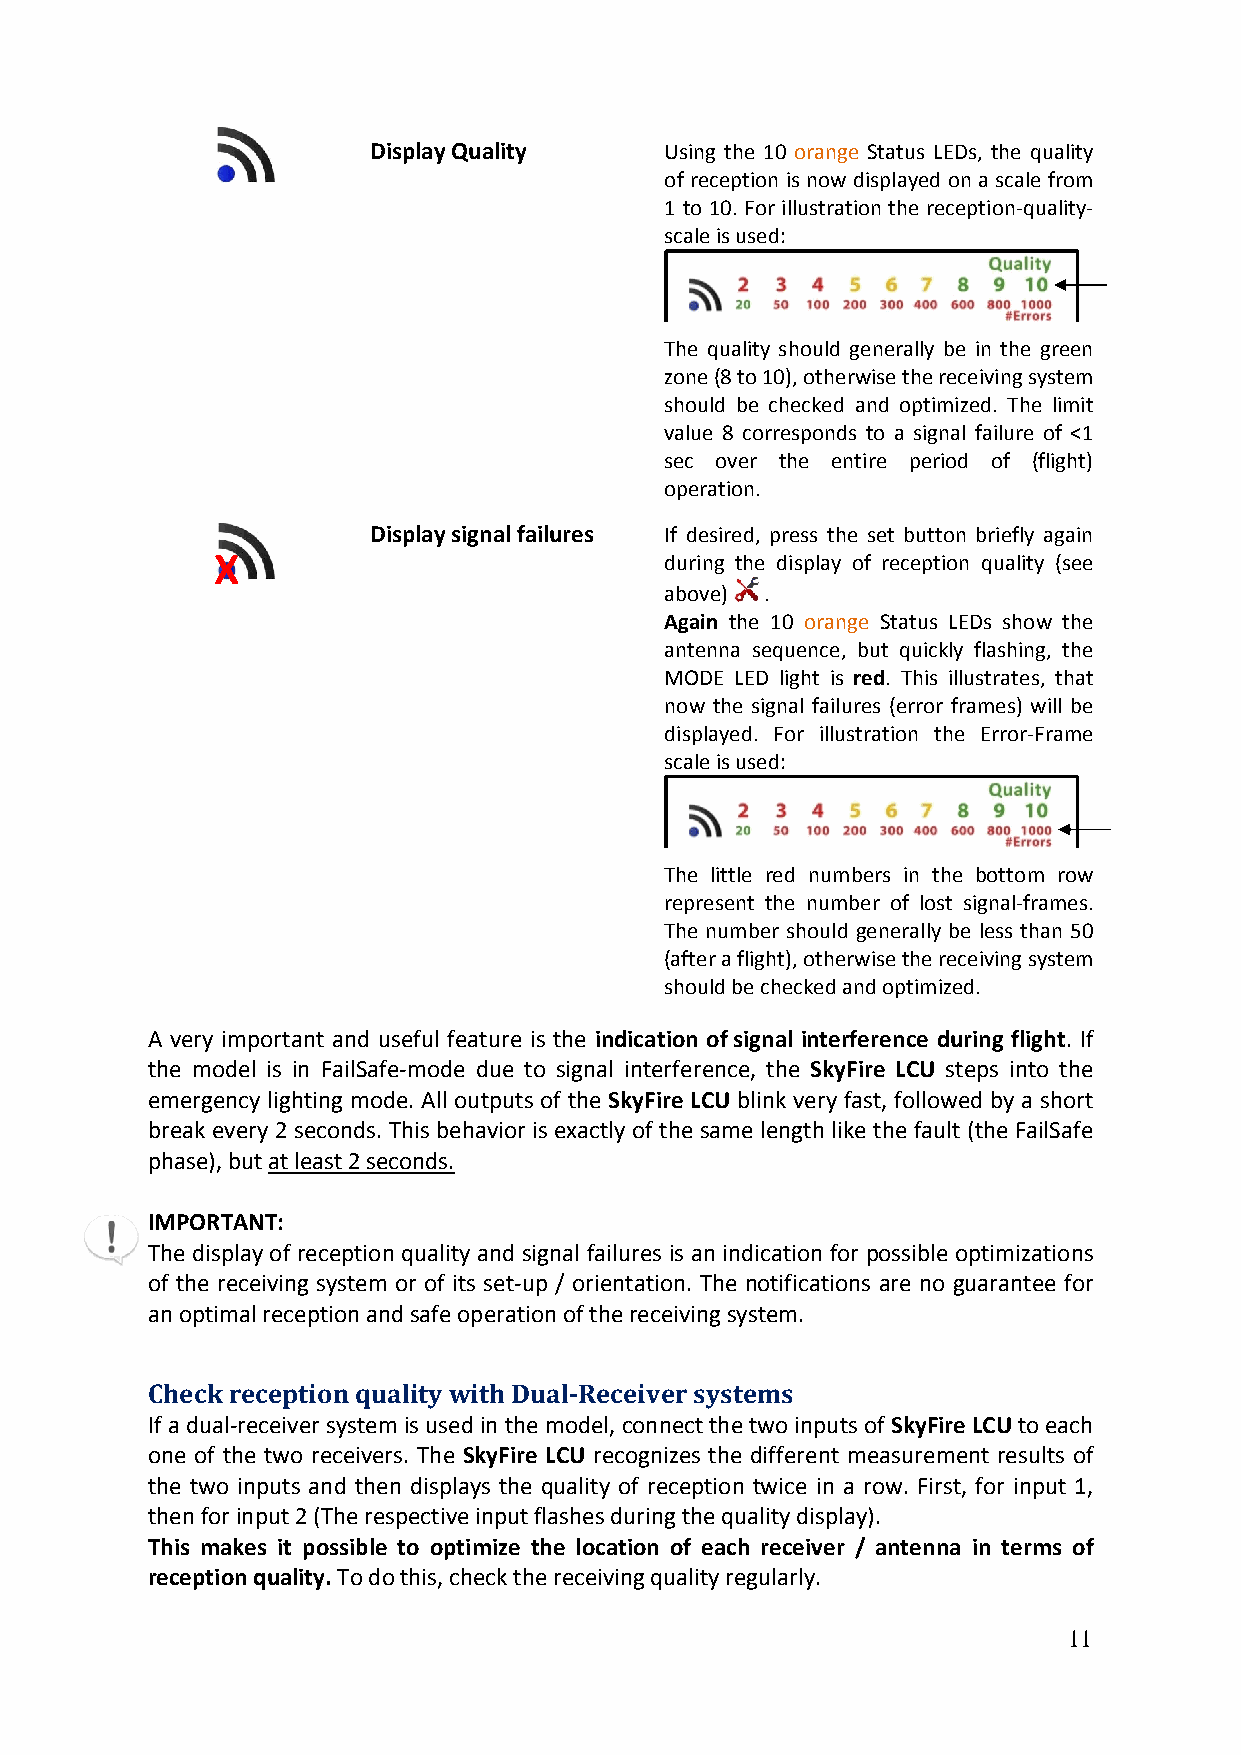
Display Quality     Using the 10 orange Status LEDs, the quality
 of reception is now displayed on a scale from
 1 to 10. For illustration the reception‐quality‐
 scale is used:
 The quality should generally be in the green
 zone (8 to 10), otherwise the receiving system
 should be checked and optimized. The limit
 value 8 corresponds to a signal failure of <1
 sec over the entire period of (flight)
 operation.
 Display signal failures If desired, press the set button briefly again
 X                             during the display of reception quality (see
 above) .
 Again the 10 orange Status LEDs show the
 antenna sequence, but quickly flashing, the
 MODE LED light is red. This illustrates, that
 now the signal failures (error frames) will be
 displayed. For illustration the Error‐Frame
 scale is used:
 The little red numbers in the bottom row
 represent the number of lost signal‐frames.
 The number should generally be less than 50
 (after a flight), otherwise the receiving system
 should be checked and optimized.
 A very important and useful feature is the indication of signal interference during flight. If
 the model is in FailSafe‐mode due to signal interference, the SkyFire LCU steps into the
 emergency lighting mode. All outputs of the SkyFire LCU blink very fast, followed by a short
 break every 2 seconds. This behavior is exactly of the same length like the fault (the FailSafe
 phase), but at least 2 seconds.
 IMPORTANT:
 The display of reception quality and signal failures is an indication for possible optimizations
 of the receiving system or of its set‐up / orientation. The notifications are no guarantee for
 an optimal reception and safe operation of the receiving system.
 Check reception quality with Dual‐Receiver systems
 If a dual‐receiver system is used in the model, connect the two inputs of SkyFire LCU to each
 one of the two receivers. The SkyFire LCU recognizes the different measurement results of
 the two inputs and then displays the quality of reception twice in a row. First, for input 1,
 then for input 2 (The respective input flashes during the quality display).
 This makes it possible to optimize the location of each receiver / antenna in terms of
 reception quality. To do this, check the receiving quality regularly.
 11